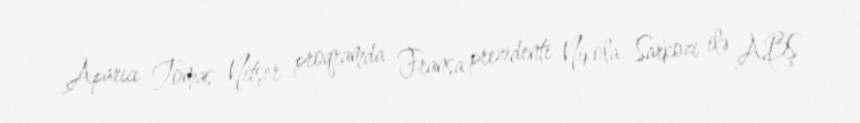
Aparıcı Tomas Nitşer proqramda Fransa prezidenti Nikola Sarkozi ilə ABŞ